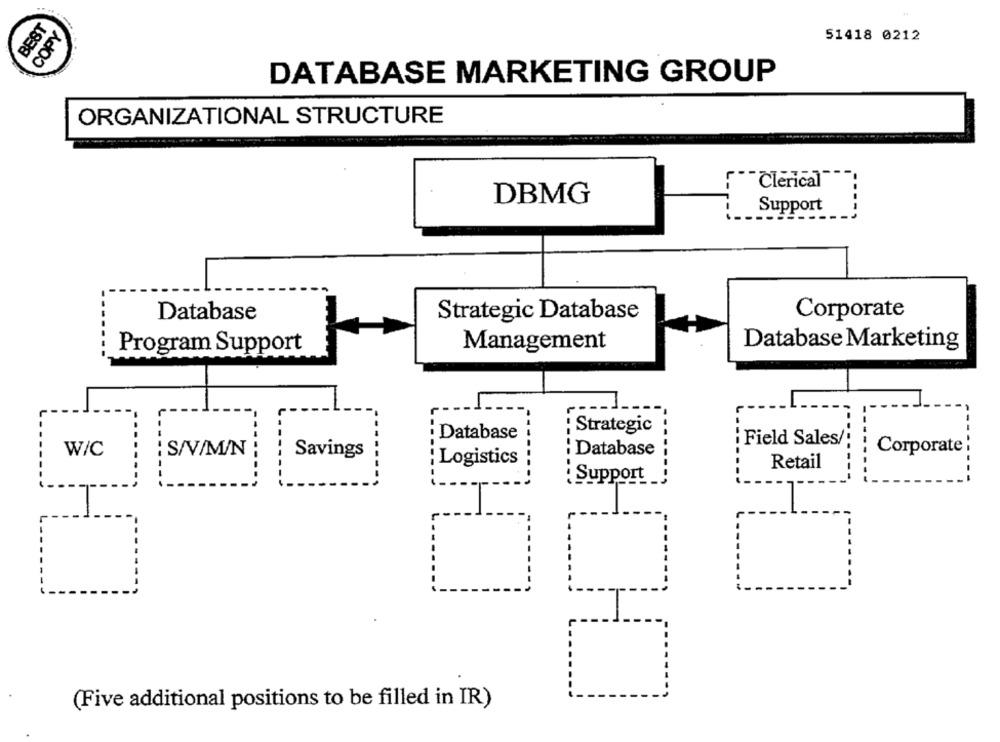
BEST
COPY
51418 0212
DATABASE MARKETING GROUP
ORGANIZATIONAL STRUCTURE
Clerical
DBMG
Support
Database
Strategic Database
Corporate
Program Support
Management
Database Marketing
Strategic
Database
: Field Sales/;
W/C
S/V/M/N
: Database
Corporate
Savings
Logistics
Retail
Support _
T
(Five additional positions to be filled in IR)